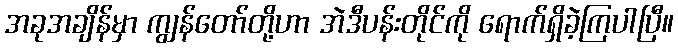
အခုအချိန်မှာ ကျွန်တော်တို့ဟာ အဲဒီပန်းတိုင်ကို ရောက်ရှိခဲ့ကြပါပြီ။